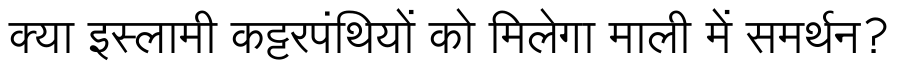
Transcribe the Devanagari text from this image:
क्या इस्लामी कट्टरपंथियों को मिलेगा माली में समर्थन?